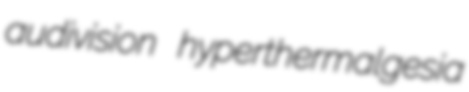
audivision hyperthermalgesia